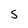
Character: S